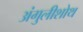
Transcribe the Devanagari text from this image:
अंगुलीशोथ